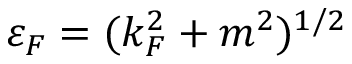
\varepsilon _ { F } = ( k _ { F } ^ { 2 } + m ^ { 2 } ) ^ { 1 / 2 }